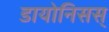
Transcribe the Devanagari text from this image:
डायोनिसस्